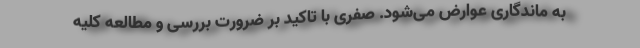
به ماندگاری عوارض می‌شود. صفری با تاکید بر ضرورت بررسی و مطالعه کلیه